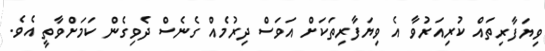
ވިޔަފާރިތައް ކުރިއަރުވާ އެ ވިޔަފާރިތަކަށް އަވަސް ދިރުމެއް ގެނެސް ދެވިގެން ކަމަށްވާތީ އެވެ.